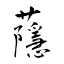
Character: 蘟